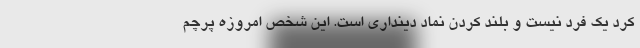
کرد یک فرد نیست و بلند کردن نماد دینداری است. این شخص امروزه پرچم